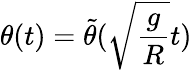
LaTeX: \theta(t)=\tilde{\theta}(\sqrt{\frac{g}{R}}t)